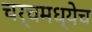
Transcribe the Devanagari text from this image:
चर्चमध्येच